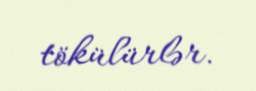
tökülürlər.